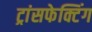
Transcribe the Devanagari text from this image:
ट्रांसफेक्टिंग